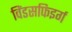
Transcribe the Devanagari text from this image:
विंडसफिइर्ग